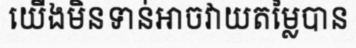
យើងមិនទាន់អាចវាយតម្លៃបាន